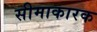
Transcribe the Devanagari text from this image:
सीमाकारक